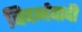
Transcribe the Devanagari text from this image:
विदर्भवादी